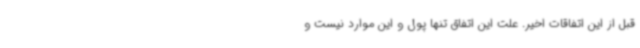
قبل از این اتفاقات اخیر. علت این اتفاق تنها پول و این موارد نیست و